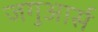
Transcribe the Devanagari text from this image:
जगुआर्स